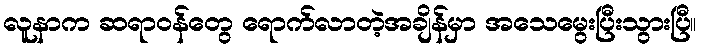
လူနာက ဆရာဝန်တွေ ရောက်လာတဲ့အချိန်မှာ အသေမွေးပြီးသွားပြီ။